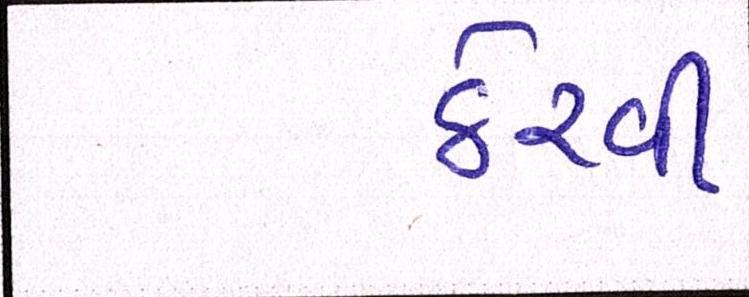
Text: ઠેરવી